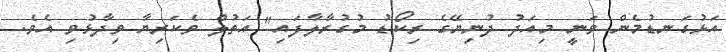
އަޅުގަނޑުމެން ވަނީ މިއަދު ދުނިޔޭގެ ރިކޯޑު މުގުރާލާފައި" އަތުލް ވެކަރިޔާ ވިދާޅުވި އެވެ.